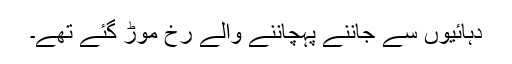
دہائیوں سے جاننے پہچاننے والے رخ موڑ گئے تھے۔